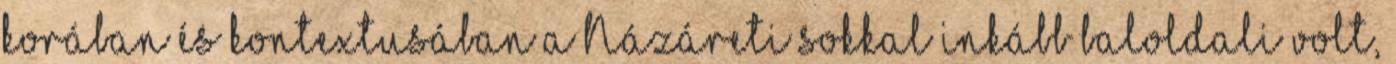
korában és kontextusában a Názáreti sokkal inkább baloldali volt,